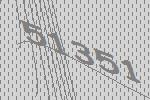
51351